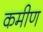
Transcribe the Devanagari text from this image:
कमीण